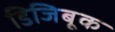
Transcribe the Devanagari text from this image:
डिजिबूक